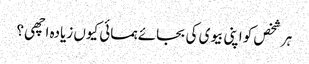
ہر شخص کو اپنی بیوی کی بجائے ہمسائی کیوں زیادہ اچھی ؟